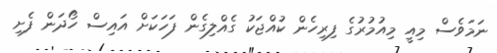
ނަމަވެސް މިއީ މިއުމުރުގެ ފިރިހެން ކުއްޖަކު ގެއްލިގެން ފަހަކަށް އައިސް ހޯދަން ފެށި